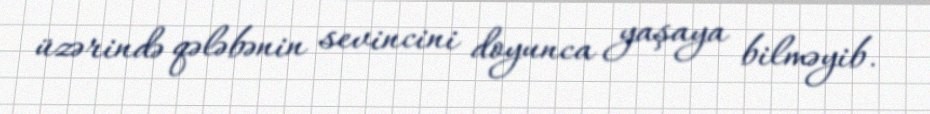
üzərində qələbənin sevincini doyunca yaşaya bilməyib.